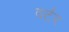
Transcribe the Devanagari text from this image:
वर्टर